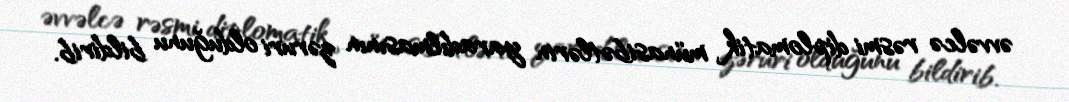
əvvəlcə rəsmi diplomatik münasibətlərin yaradılmasının zəruri olduğunu bildirib.